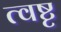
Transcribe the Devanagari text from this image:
त्वष्टृ